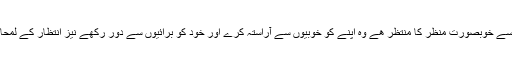
کیا اس کے علاوہ ھے کہ جو شخص دنیا کے سب سے خوبصورت منظر کا منتظر ھے وہ اپنے کو خوبیوں سے آراستہ کرے اور خود کو برائیوں سے دور رکھے نیز انتظار کے لمحات میں اپنے افکار و اعمال کی حفاظت کرتا رھے؟